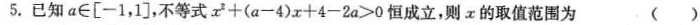
5.已知a∈\left[-1，1\right]，不等式$$x^{2} + ( a 一 4 ) x + 4 - 2 a ≥ 0$$恒成立，则x的取值范围为 ()